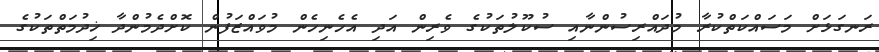
ރަނގަޅަށް މަސައްކަތްކުރާ މުދައްރިސުންނާއި ސުކޫލުތަކުގެ ވެރިން އަދި އެހެނިހެން މުވައްޒަފުން ކޮށްދެމުންދާ ޚިދުމަތްތަކުގެ